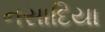
નસાદિયા